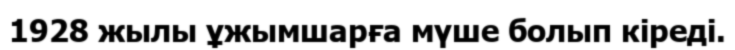
1928 жылы ұжымшарға мүше болып кіреді.